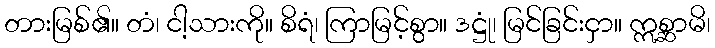
တားမြစ်၏။ တံ၊ ငါ့သားကို။ စိရံ၊ ကြာမြင့်စွာ။ ဒဋ္ဌုံ၊ မြင်ခြင်းငှာ။ ဣစ္ဆာမိ၊